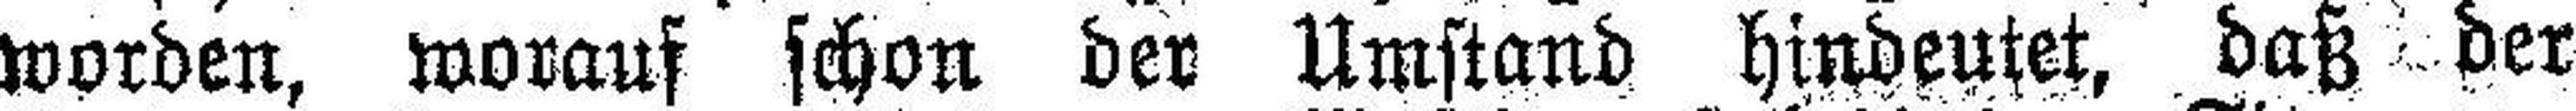
worden, worauf schon der Umstand hindeutet, daß der